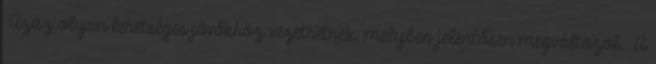
Azaz olyan lehetséges jövőkhöz vezethetnek, melyben jelentősen megváltozol. A